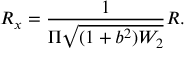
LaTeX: R _ { x } = \frac { 1 } { \Pi \sqrt { ( 1 + b ^ { 2 } ) W _ { 2 } } } R .